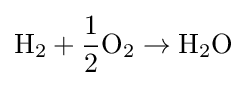
\mathrm {H} _{2}+{\frac {1}{2}}\mathrm {O} _{2}\rightarrow \mathrm {H} _{2}\mathrm {O}